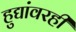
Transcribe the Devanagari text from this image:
हुद्यांवरही